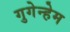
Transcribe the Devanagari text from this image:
गुगेन्हेम